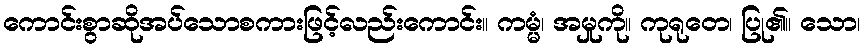
ကောင်းစွာဆိုအပ်သောစကားဖြင့်လည်းကောင်း။ ကမ္မံ၊ အမှုကို။ ကုရုတေ၊ ပြု၏။ သော၊